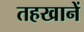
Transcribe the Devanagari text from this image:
तहखानें